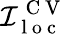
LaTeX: \mathcal{I}_{\mathrm{~l~o~c~}}^{\mathrm{~C~V~}}